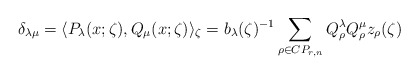
\begin{align*}\delta_{\lambda \mu}=\langle P_{\lambda}(x;\zeta),Q_{\mu}(x;\zeta)\rangle_{\zeta}=b_{\lambda}(\zeta)^{-1}\sum_{\rho\in CP_{r,n}}Q_{\rho}^{\lambda}Q_{\rho}^{\mu}z_{\rho}(\zeta)\end{align*}